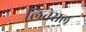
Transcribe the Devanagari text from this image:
लितेराल